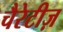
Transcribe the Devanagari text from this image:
चैरेटीज़